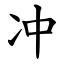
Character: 冲